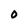
Character: 0